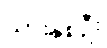
သားနှစ်ဦး